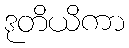
ဒုတိယိကာ